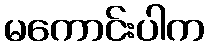
မကောင်းပါက